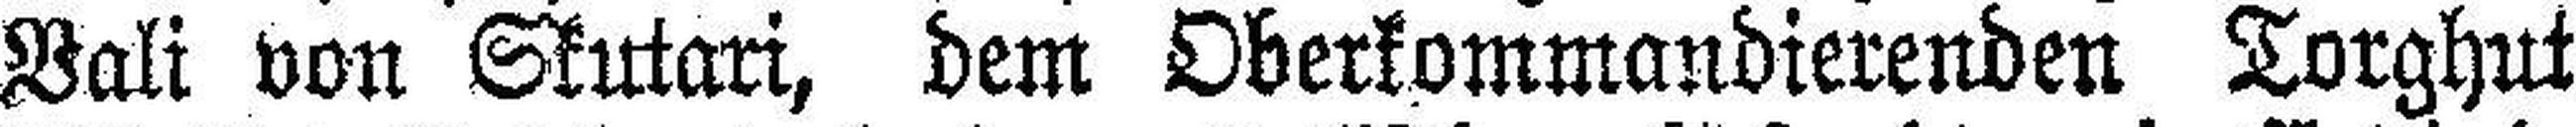
Vali von Skutari, dem Oberkommandierenden Torghut